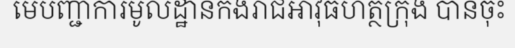
មេបញ្ជាការមូលដ្ឋានកងរាជអាវុធហត្ថក្រុង បានចុះ